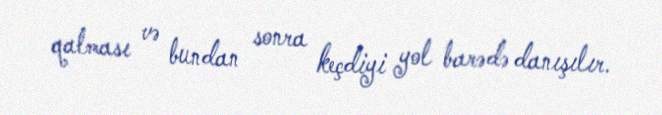
qalması və bundan sonra keçdiyi yol barədə danışılır.